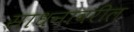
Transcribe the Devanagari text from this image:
साधनावरील